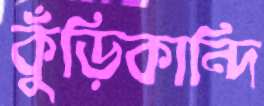
কুঁড়িকান্দি